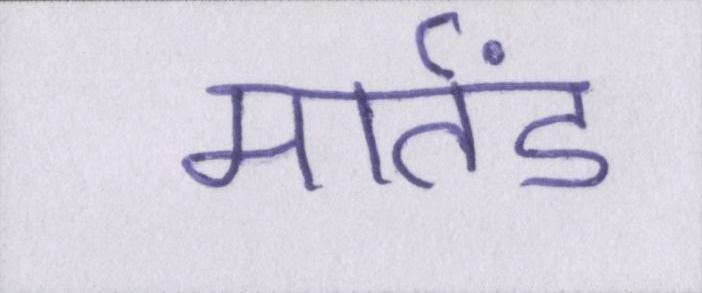
मार्तंड